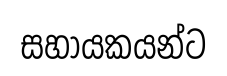
සහායකයන්ට